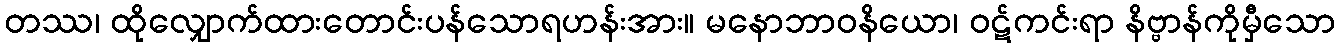
တဿ၊ ထိုလျှောက်ထားတောင်းပန်သောရဟန်းအား။ မနောဘာဝနိယော၊ ဝဋ်ကင်းရာ နိဗ္ဗာန်ကိုမှီသော